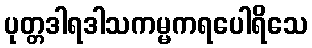
ပုတ္တဒါရဒါသကမ္မကရပေါရိသေ